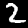
Digit: 2